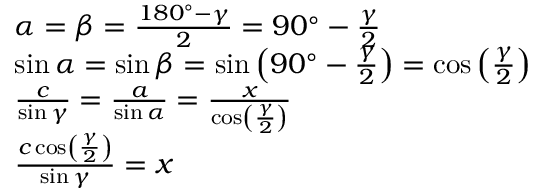
{ \begin{array} { r l } & { \alpha = \beta = { \frac { 1 8 0 ^ { \circ } - \gamma } { 2 } } = 9 0 ^ { \circ } - { \frac { \gamma } { 2 } } } \\ & { \sin \alpha = \sin \beta = \sin \left( 9 0 ^ { \circ } - { \frac { \gamma } { 2 } } \right) = \cos \left( { \frac { \gamma } { 2 } } \right) } \\ & { { \frac { c } { \sin \gamma } } = { \frac { a } { \sin \alpha } } = { \frac { x } { \cos \left( { \frac { \gamma } { 2 } } \right) } } } \\ & { { \frac { c \cos \left( { \frac { \gamma } { 2 } } \right) } { \sin \gamma } } = x } \end{array} }